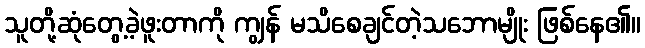
သူတို့ဆုံတွေ့ခဲ့ဖူးတာကို ကျွန် မသိစေချင်တဲ့သဘောမျိုး ဖြစ်နေ၏။